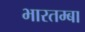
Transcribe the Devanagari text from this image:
भारतम्बा